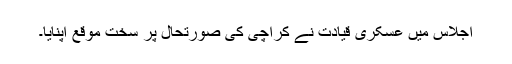
اجلاس میں عسکری قیادت نے کراچی کی صورتحال پر سخت موقع اپنایا۔